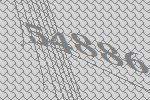
54886